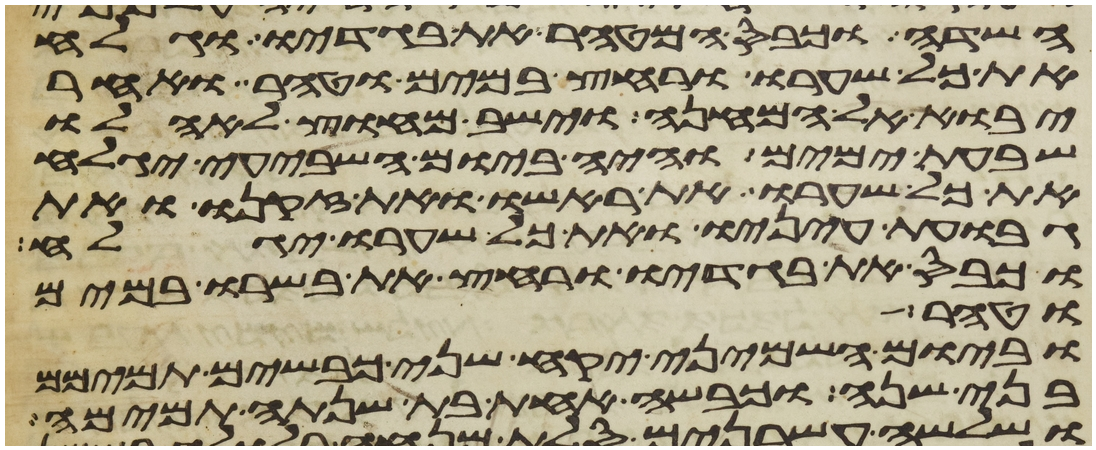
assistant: השדה וכבס המטהר את בגדיו וגלח
את כל שערו ורחץ במים וטהר ואחר
יבוא אל המחנה וישב מחוץ לאהלו
שבעת ימים והיה ביום השביעי יגלח
את כל שערו את ראשו ואת זקנו ואת
גבות עיניו ואת כל שערו יגלח
וכבס את בגדיו ורחץ את בשרו במים
וטהר
וביום השמיני יקח שני כבשים תמימם
בני שנה וכבשה אחת בת שנתה תמימה